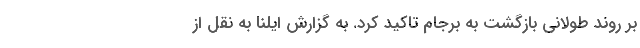
بر روند طولانی بازگشت به برجام تاکید کرد. به گزارش ایلنا به نقل از